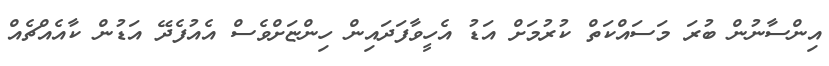
އިންސާނުން ބުރަ މަސައްކަތް ކުރުމަށް އަޑު އެހީވާފަދައިން ހިންޏަށްވެސް އެއުފެދޭ އަޑުން ކާއެއްޗެއް